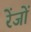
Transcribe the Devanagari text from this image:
रेंजों